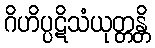
ဂိဟိပ္ပဋိသံယုတ္တန္တိ